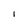
Character: l